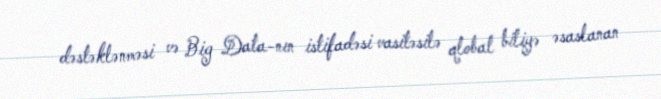
dəstəklənməsi və Big Data-nın istifadəsi vasitəsilə qlobal biliyə əsaslanan